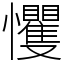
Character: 戄